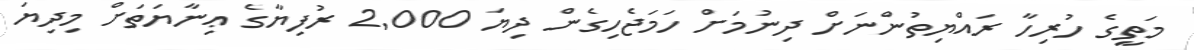
މަތީގެ ހުރިހާ ރައްޔިތުންނަށް ދިނުމަށް ހަމަޖެހިގެން ދިޔަ 2